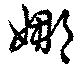
娜